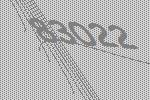
83022